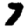
Digit: 7